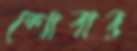
শোবার